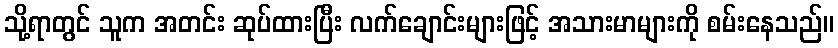
သို့ရာတွင် သူက အတင်း ဆုပ်ထားပြီး လက်ချောင်းများဖြင့် အသားမာများကို စမ်းနေသည်။